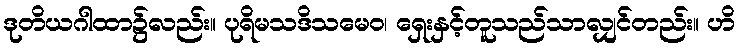
ဒုတိယဂါထာ၌လည်း။ ပုရိမသဒိသမေဝ၊ ရှေးနှင့်တူသည်သာလျှင်တည်း။ ဟိ